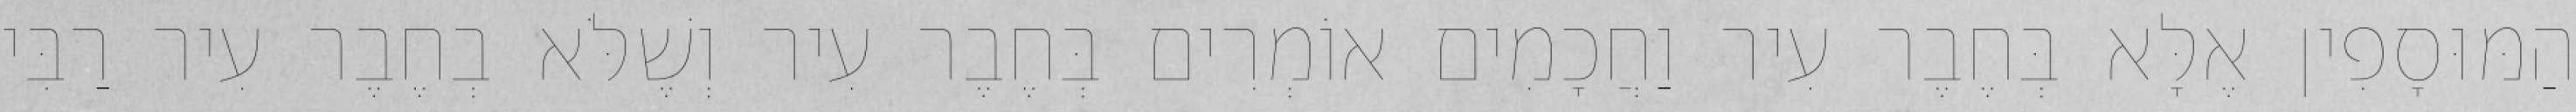
הַמּוּסָפִין אֶלָּא בְּחֶבֶר עִיר וַחֲכָמִים אוֹמְרִים בְּחֶבֶר עִיר וְשֶׁלֹּא בְחֶבֶר עִיר רַבִּי